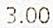
3.00